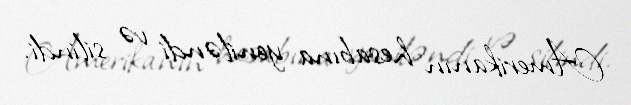
Amerikanın hesabına yeniləndi və silindi.